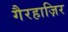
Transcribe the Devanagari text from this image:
गैरहाज़िर